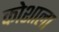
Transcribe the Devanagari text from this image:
कोशाला